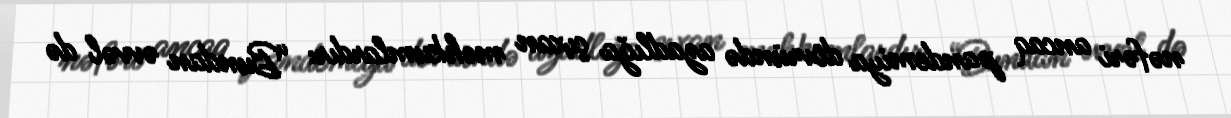
nəfəri ancaq pandemiya dövründə azadlığa çıxan məhkumlardır: “Bundan əvvəl də